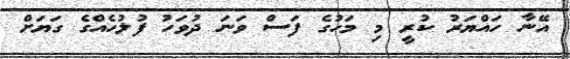
އޭނާ ހައްޔަރު ކުރީ މި މަހުގެ ފަސް ވަނަ ދުވަހު ފުލުހެއްގެ ގަޔަށް